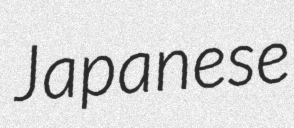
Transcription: Japanese